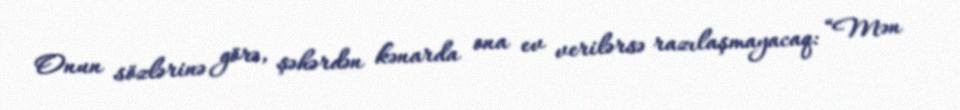
Onun sözlərinə görə, şəhərdən kənarda ona ev verilərsə razılaşmayacaq: “Mən